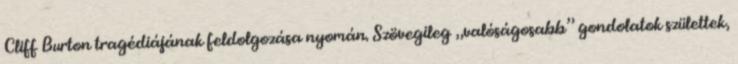
Cliff Burton tragédiájának feldolgozása nyomán. Szövegileg „valóságosabb” gondolatok születtek,